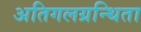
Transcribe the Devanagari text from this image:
अतिगलग्रन्थिता